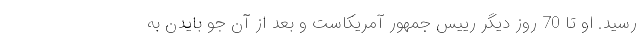
رسید. او تا 70 روز دیگر رییس جمهور آمریکاست و بعد از آن جو بایدن به